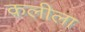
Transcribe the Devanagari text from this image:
क़लीला